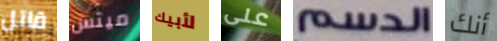
قاتل ميتس لأبيك على الدسم أنك